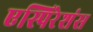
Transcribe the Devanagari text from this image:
एस्पिरेशंस